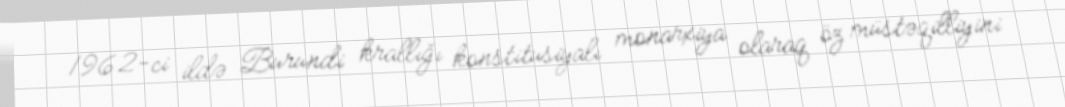
1962-ci ildə Burundi krallığı konstitusiyalı monarxiya olaraq öz müstəqilliyini